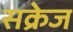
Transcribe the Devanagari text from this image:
सक्रेज